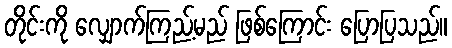
တိုင်းကို လျှောက်ကြည့်မည် ဖြစ်ကြောင်း ပြောပြသည်။